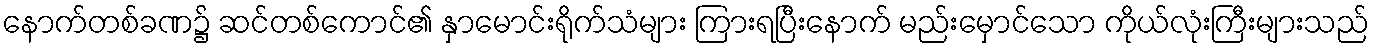
နောက်တစ်ခဏ၌ ဆင်တစ်ကောင်၏ နှာမောင်းရိုက်သံများ ကြားရပြီးနောက် မည်းမှောင်သော ကိုယ်လုံးကြီးများသည်